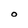
Character: O